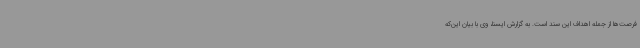
فرصت‌ها از جمله اهداف این سند است. به گزارش ایسنا، وی با بیان این‌که